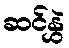
ဆင်နွှဲ